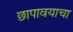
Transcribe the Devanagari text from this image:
छापावयाचा